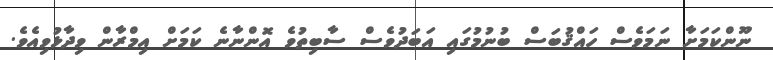
ނޫންކަމަށާ ނަމަވެސް ހައްޤުބަސް ބުނުމުގައި އަބަދުވެސް ސާބިތުވެ އޮންނާނެ ކަމަށް އިމްރާން ވިދާޅުވިއެވެ.